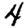
Digit: 4